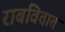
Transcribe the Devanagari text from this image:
राबवितात